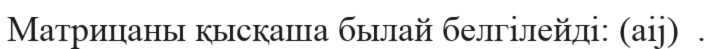
Матрицаны қысқаша былай белгілейді: (аіj)  .